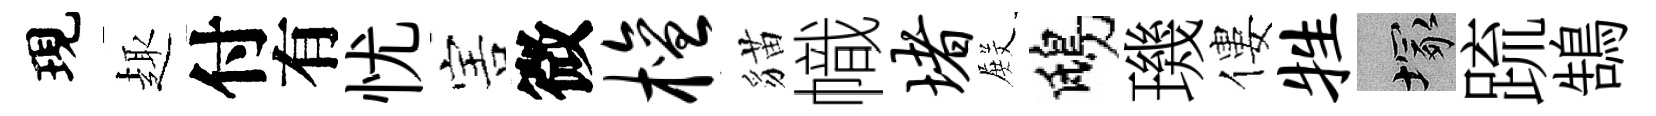
現趣付有忧害微檀貓幟堵𭮺鴟璣僂牲塚䟽鵠